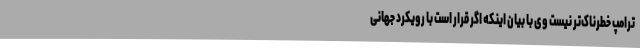
ترامپ خطرناک‌تر نیست وی با بیان اینکه اگر قرار است با رویکرد جهانی